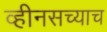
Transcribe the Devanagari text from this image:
व्हीनसच्याच